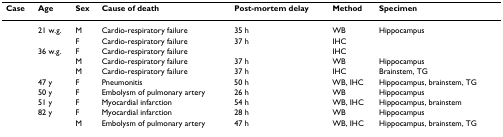
<table><thead><tr><td><b>Case</b></td><td><b>Age</b></td><td><b>Sex</b></td><td><b>Cause of death</b></td><td><b>Post-mortem delay</b></td><td><b>Method</b></td><td><b>Specimen</b></td></tr></thead><tbody><tr><td>[EMPTY_CELL]</td><td>21 w.g.</td><td>M</td><td>Cardio-respiratory failure</td><td>35 h</td><td>WB</td><td>Hippocampus</td></tr><tr><td>[EMPTY_CELL]</td><td>[EMPTY_CELL]</td><td>F</td><td>Cardio-respiratory failure</td><td>37 h</td><td>IHC</td><td>[EMPTY_CELL]</td></tr><tr><td>[EMPTY_CELL]</td><td>36 w.g.</td><td>F</td><td>Cardio-respiratory failure</td><td>[EMPTY_CELL]</td><td>IHC</td><td>[EMPTY_CELL]</td></tr><tr><td>[EMPTY_CELL]</td><td>[EMPTY_CELL]</td><td>M</td><td>Cardio-respiratory failure</td><td>37 h</td><td>WB</td><td>Hippocampus</td></tr><tr><td>[EMPTY_CELL]</td><td>[EMPTY_CELL]</td><td>M</td><td>Cardio-respiratory failure</td><td>37 h</td><td>IHC</td><td>Brainstem, TG</td></tr><tr><td>[EMPTY_CELL]</td><td>47 y</td><td>F</td><td>Pneumonitis</td><td>50 h</td><td>WB, IHC</td><td>Hippocampus, brainstem, TG</td></tr><tr><td>[EMPTY_CELL]</td><td>50 y</td><td>F</td><td>Embolysm of pulmonary artery</td><td>26 h</td><td>WB</td><td>Hippocampus</td></tr><tr><td>[EMPTY_CELL]</td><td>51 y</td><td>F</td><td>Myocardial infarction</td><td>54 h</td><td>WB, IHC</td><td>Hippocampus, brainstem</td></tr><tr><td>[EMPTY_CELL]</td><td>82 y</td><td>F</td><td>Myocardial infarction</td><td>28 h</td><td>WB</td><td>Hippocampus</td></tr><tr><td>[EMPTY_CELL]</td><td>[EMPTY_CELL]</td><td>M</td><td>Embolysm of pulmonary artery</td><td>47 h</td><td>WB, IHC</td><td>Hippocampus, brainstem, TG</td></tr></tbody></table>